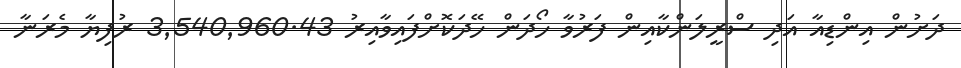
ދަށުން އިންޑިއާ އަދި ސްރީލަންކާއިން ފަރުވާ ހޯދަން ހޭދަކޮށްފައިވާއިރު 3